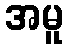
အမူ